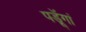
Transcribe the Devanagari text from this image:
पडॅ़ूगां